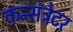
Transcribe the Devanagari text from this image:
कन्संट्रेटर